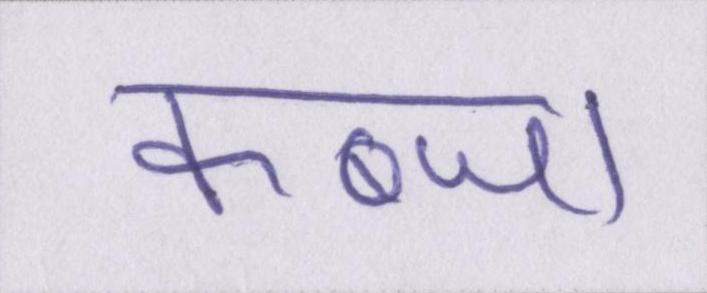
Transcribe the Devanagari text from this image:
कब्जा